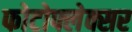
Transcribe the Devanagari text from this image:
फोटोफ्लेक्सर